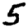
Digit: 5